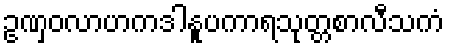
ဥဏှဝလာဟကဒါနူပကာရသုတ္တစာလီသကံ